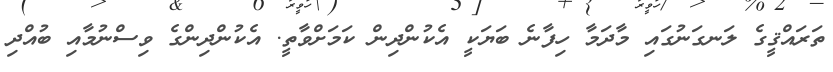
ތަރައްޤީގެ ލަނގަނުގައި މާދަމާ ހިފާނެ ބަޔަކީ އެކުންދިން ކަމަށްވާތީ. އެކުންދިންގެ ވިސްނުމާއި ބުއްދި